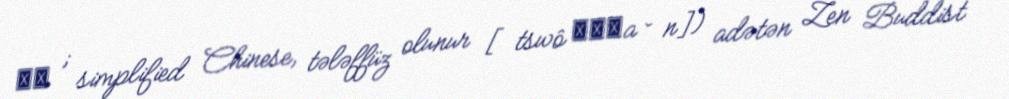
座禅 ; simplified Chinese, tələffüz olunur [tswô ʈʂʰa ̌ n]) adətən Zen Buddist